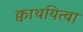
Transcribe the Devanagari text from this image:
क्वाथयित्वा